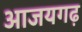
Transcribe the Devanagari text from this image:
आजयगढ़